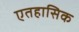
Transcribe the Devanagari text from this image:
एतहासिक